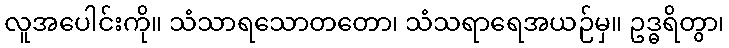
လူအပေါင်းကို။ သံသာရသောတတော၊ သံသရာရေအယဉ်မှ။ ဥဒ္ဓရိတွာ၊